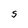
Character: S